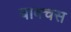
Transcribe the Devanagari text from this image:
बाक्चस